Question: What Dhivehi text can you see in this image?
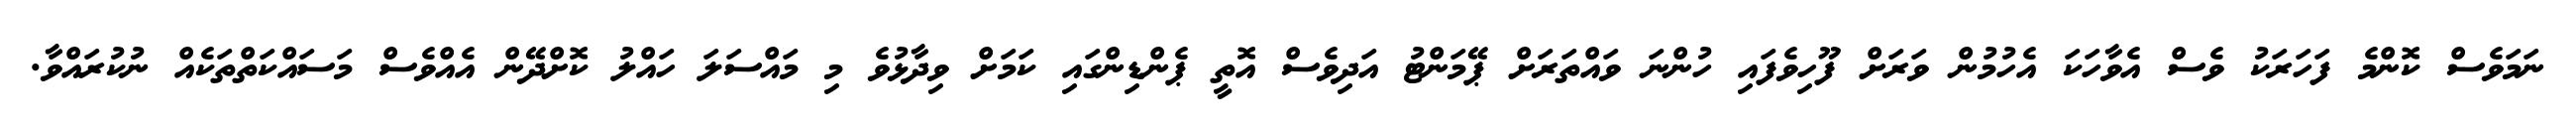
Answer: ނަމަވެސް ކޮންމެ ފަހަރަކު ވެސް އެވާހަކަ އެހުމުން ވަރަށް ފޫހިވެފައި ހުންނަ ވައްތަރަށް ޕޭމަންޓު އަދިވެސް އޮތީ ޕެންޑިންގައި ކަމަށް ވިދާޅުވެ މި މައްސަލަ ހައްލު ކޮށްދޭން އެއްވެސް މަސައްކަތްތަކެއް ނުކުރައްވާ.